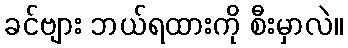
ခင်ဗျား ဘယ်ရထားကို စီးမှာလဲ။